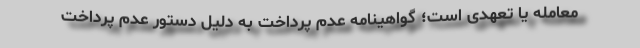
معامله یا تعهدی است؛ گواهینامه عدم پرداخت به دلیل دستور عدم پرداخت